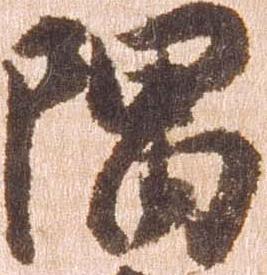
隅